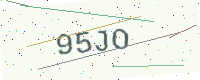
Text: 95JO